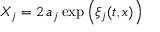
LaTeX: X _ { j } = 2 \, a _ { j } \exp \left( \xi _ { j } ( { t , x } ) \right)